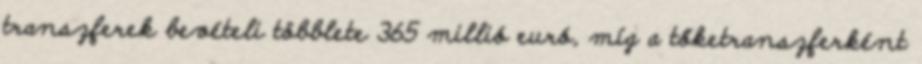
transzferek bevételi többlete 365 millió euró, míg a tőketranszferként